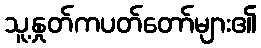
သူ့နှုတ်ကပတ်တော်များ၏